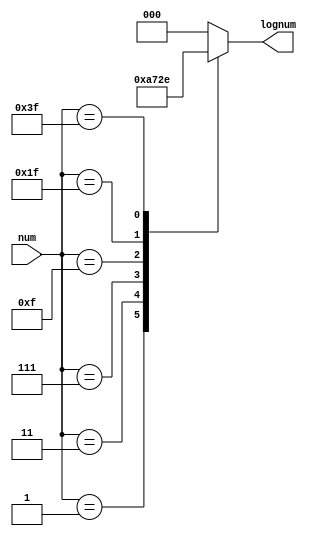
module mylog(
    input [5:0] num,
    output reg [2:0] lognum);
    
    /*set lognum to be the height of the given column,
    provided as a 6-bit memory value */
    
    always @(*) begin
        case (num)
            6'b000000: lognum = 3'd0;
            6'b000001: lognum = 3'd1;
            6'b000011: lognum = 3'd2;
            6'b000111: lognum = 3'd3;
            6'b001111: lognum = 3'd4;
            6'b011111: lognum = 3'd5;
            6'b111111: lognum = 3'd6;
            default: lognum = 3'd0;
        endcase
    end
    
endmodule